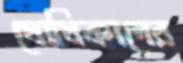
ঘোষিকাদের